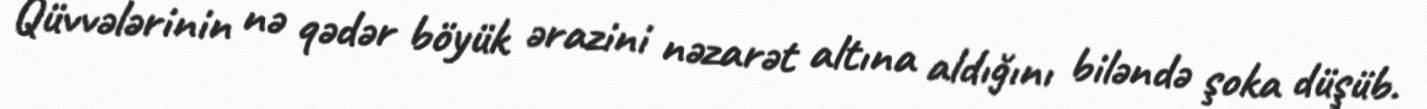
Qüvvələrinin nə qədər böyük ərazini nəzarət altına aldığını biləndə şoka düşüb.